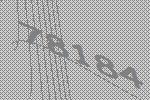
78184